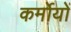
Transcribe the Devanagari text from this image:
कर्मोयों